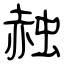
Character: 赨